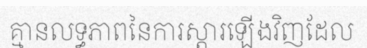
គ្មានលទ្ធភាពនៃការស្តារឡើងវិញដែល